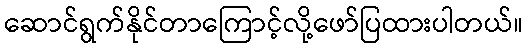
ဆောင်ရွက်နိုင်တာကြောင့်လို့ဖော်ပြထားပါတယ်။